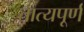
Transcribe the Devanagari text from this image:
तात्यपूर्ण